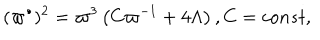
( \varpi ^ { \bullet } ) ^ { 2 } = \varpi ^ { 3 } \left( C \varpi ^ { - 1 } + 4 \Lambda \right) , C = c o n s t ,